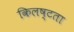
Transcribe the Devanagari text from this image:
किलष्टता